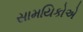
સામયિકોએ